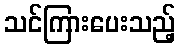
သင်ကြားပေးသည့်